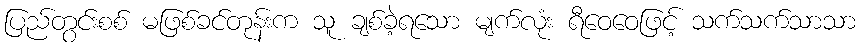
ပြည်တွင်းစစ် မဖြစ်ခင်တုန်းက သူ ချစ်ခဲ့ရသော မျက်လုံး ရီဝေဝေဖြင့် သက်သက်သာသာ